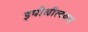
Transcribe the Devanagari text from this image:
इपीथीलयम